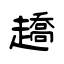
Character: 趫